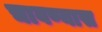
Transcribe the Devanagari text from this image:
चावण्यास